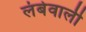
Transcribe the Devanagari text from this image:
लंबेवाली